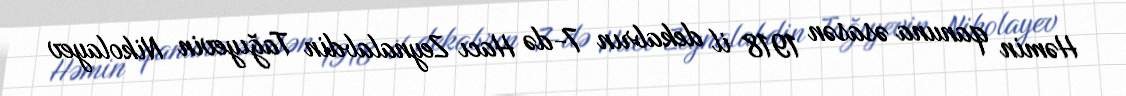
Həmin qanuna əsasən 1918 il dekabrın 7-də Hacı Zeynalabdin Tağıyevin Nikolayev